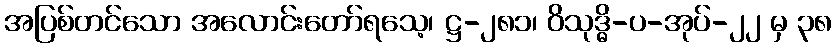
အပြစ်တင်သော အလောင်းတော်ရသေ့၊ ဋ္ဌ-၂၈၁၊ ဝိသုဒ္ဓိ-ပ-အုပ်-၂၂ မှ ၃၈